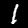
Digit: 1